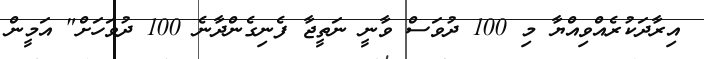
އިރާދަކުރެއްވިއްޔާ މި 100 ދުވަސް ވާނީ ނަތީޖާ ފެނިގެންދާނެ 100 ދުވަހަށް" އަމީން